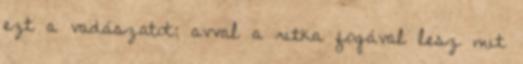
ezt a vadászatot; avval a ritka fogával lesz mit